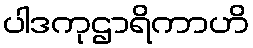
ပါဒကုဌာရိကာဟိ